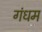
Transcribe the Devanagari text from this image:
गंधम